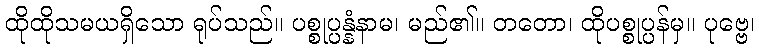
ထိုထိုသမယရှိသော ရုပ်သည်။ ပစ္စုပ္ပန္နံနာမ၊ မည်၏။ တတော၊ ထိုပစ္စုပ္ပန်မှ။ ပုဗ္ဗေ၊